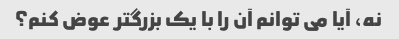
نه، آیا می توانم آن را با یک بزرگتر عوض کنم؟